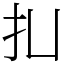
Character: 㧄